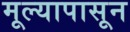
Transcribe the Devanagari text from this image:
मूल्यापासून